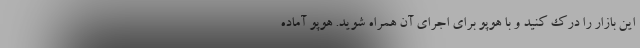
این بازار را درک کنید و با هوپو برای اجرای آن همراه شوید. هوپو آماده